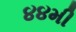
૪૪મી